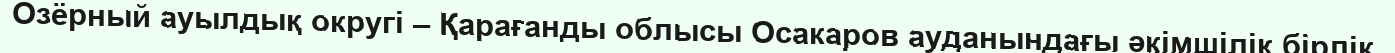
Озёрный ауылдық округі – Қарағанды облысы Осакаров ауданындағы әкімшілік бірлік.